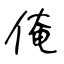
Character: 俺